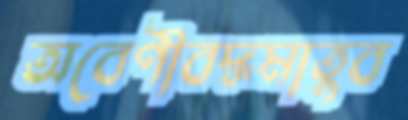
অবেণীবদ্ধমাতুব